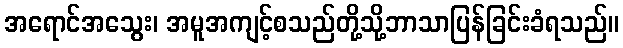
အရောင်အသွေး၊ အမူအကျင့်စသည်တို့သို့ဘာသာပြန်ခြင်းခံရသည်။